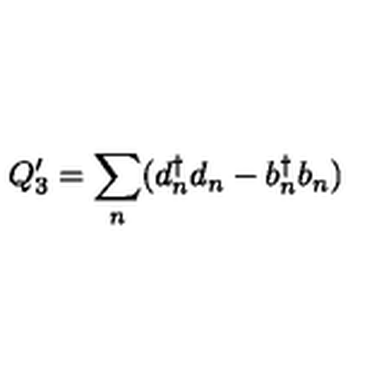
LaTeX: Q _ { 3 } ^ { \prime } = { \sum _ { n } } ( d _ { n } ^ { \dagger } d _ { n } - b _ { n } ^ { \dagger } b _ { n } )